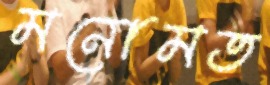
মনোমত